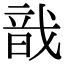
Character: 戠